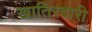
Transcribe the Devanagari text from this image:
खातिरदारी